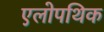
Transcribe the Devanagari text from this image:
एलोपथिक